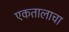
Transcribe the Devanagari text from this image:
एकतालाचा